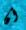
أن